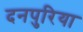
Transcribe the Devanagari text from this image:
दनपुरिया